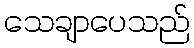
သေချာပေသည်